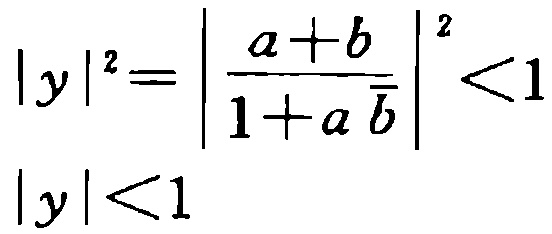
\[

\begin{align*}

|y|^{2}&=\left|\frac{a + b}{1 + a\overline{b}}\right|^{2}<1\\

|y|&<1

\end{align*}

\]